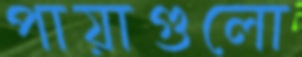
পায়াগুলো